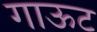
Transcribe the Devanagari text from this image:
गाऊट